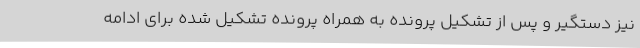
نیز دستگیر و پس از تشکیل پرونده به همراه پرونده تشکیل شده برای ادامه